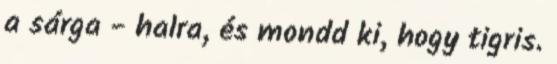
a sárga - halra, és mondd ki, hogy tigris.